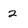
Character: 2